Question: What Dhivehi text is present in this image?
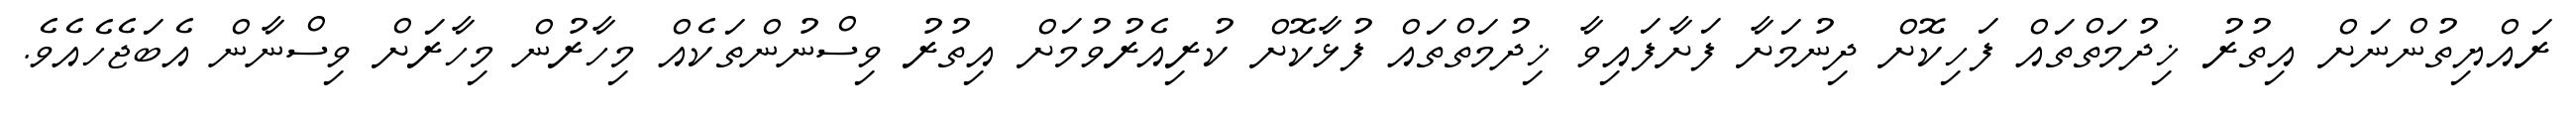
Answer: ރައްޔިތުންނަށް އިތުރު ޚިދުމަތްތައް ފަހިކޮށް ދިނުމަށާ ފަށާފައިވާ ޚިދުމަތްތައް ފުޅާކޮށް ކުރިއެރުވުމަށް އިތުރު ވިސްނުންތަކެއް މިހާރުން މިހާރަށް ވިސްނާން އެބަޖެހެއެވެ.